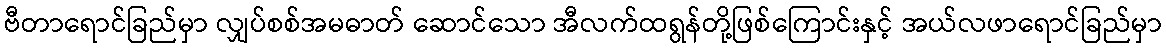
ဗီတာရောင်ခြည်မှာ လျှပ်စစ်အမဓာတ် ဆောင်သော အီလက်ထရွန်တို့ဖြစ်ကြောင်းနှင့် အယ်လဖာရောင်ခြည်မှာ